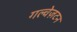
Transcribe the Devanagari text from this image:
गल्वेज़टन